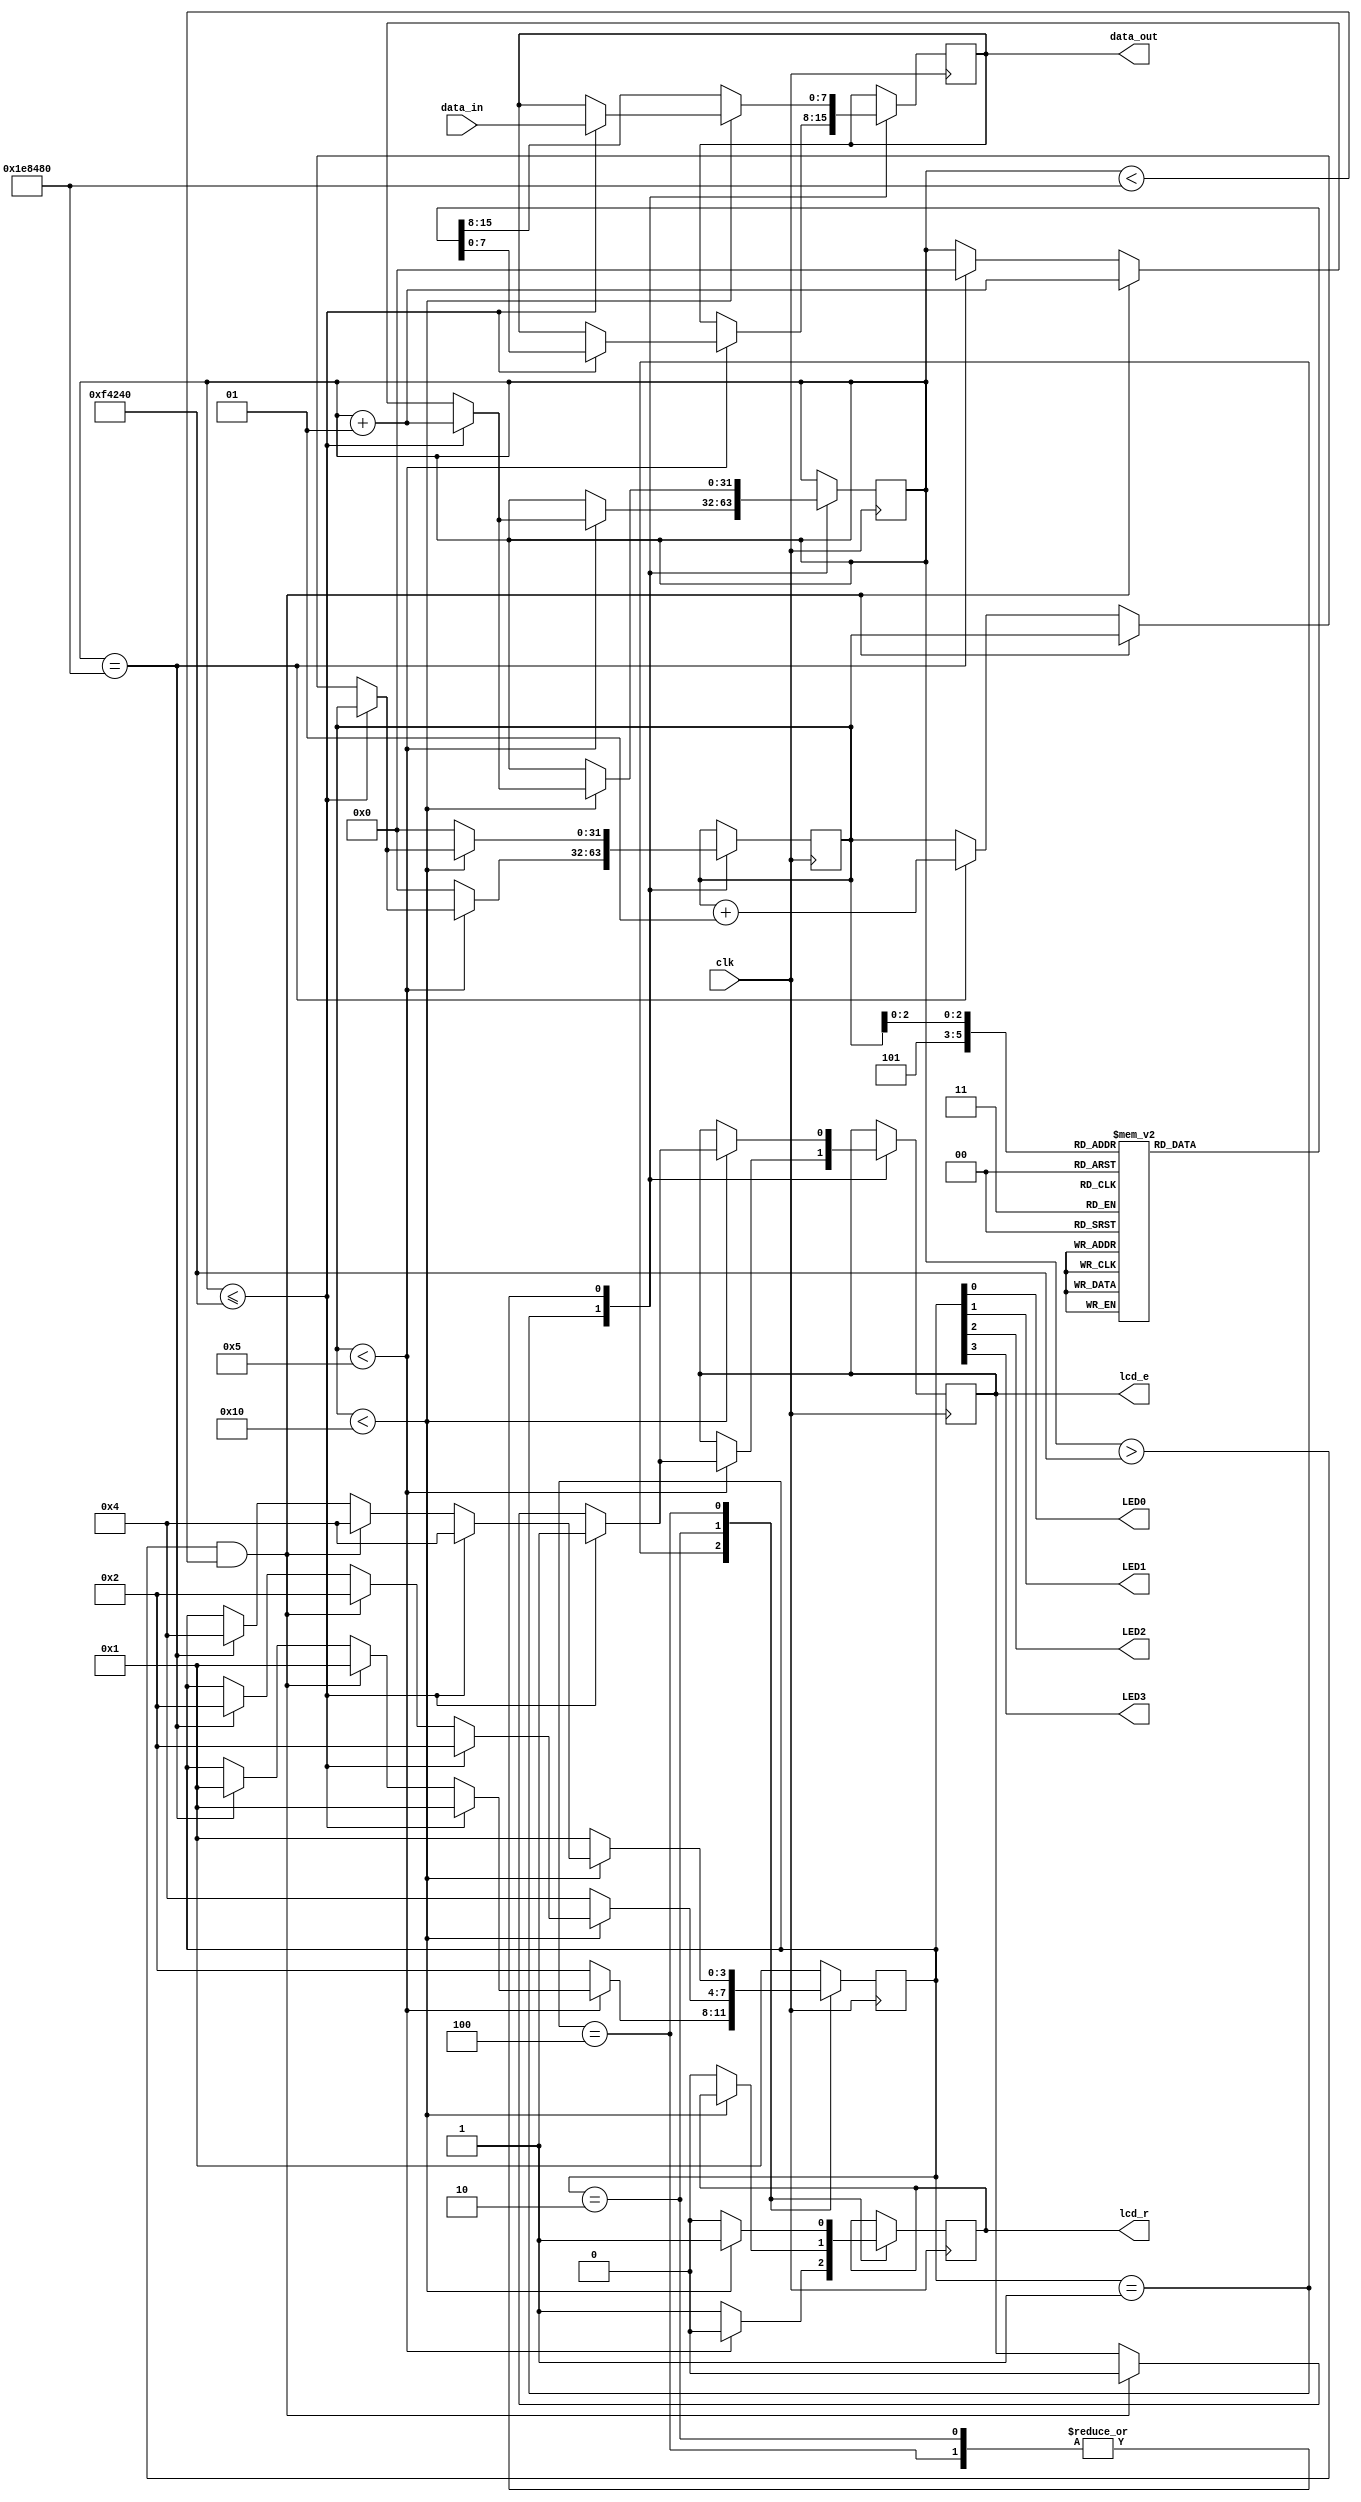
module LCD (

	input clk,
	input [7:0] data_in,
	
	output reg [7:0] data_out,
	output reg lcd_e,
	output reg lcd_r,
	
	output LED0,
	output LED1,
	output LED2,
	output LED3
); 


// implementing a FSM

assign LED0 = state[0];
assign LED1 = state[1];
assign LED2 = state[2];
assign LED3 = state[3];


localparam INIT   = 4'b0001;
localparam FIRST  = 4'b0010;
localparam SECOND = 4'b0100;

reg [3:0] state = INIT; 

integer j = 0 ; 
integer i = 0 ; 

reg [7:0] conf [0:5];

	initial
		begin 
		
			conf[0] <= 8'h38; // to enable 8-bit, 2 lines, 5x7 Dots
			conf[1] <= 8'h0C; // Display on & Cursor off
			conf[2] <= 8'h06; // Entry mode
			conf[3] <= 8'h01; // Clear Display & DDRAM
			conf[4] <= 8'h80; // Force cursor to 1'st line
			conf[5] <= 8'hC0; // Force cursor to 2'nd line
		

		end 

always @ (posedge clk)
	begin 
		
		state		<= state;
		
		data_out	<= data_out;
		
		case (state)
		
			INIT: 
				begin
					lcd_r <= 0;
					
					if (j < 5)
						begin 
						if (i <= 1000000)
							begin 
								lcd_e = 1; 
								data_out <= conf[j];
								i <= i + 1; 
								state <= INIT;
							end 
						else if (i > 1000000 && i < 2000000)
							begin 
								lcd_e = 0;
								i <= i + 1;
								state <= INIT;
							end 
						else if (i == 2000000)
							begin 
								j <= j + 1;
								i <= 0; 
								state <= INIT;
							end 
						end 
					
					else 
						begin
							j <= 0;
							lcd_r <= 1; 
							state <= FIRST;
						end 
				end 
					
			
			FIRST:
				begin 
					if (j < 16)
						begin
							if (i <= 1000000)
								begin
									lcd_e <= 1;
									data_out <= data_in;
									i <= i + 1;
									state <= FIRST; 
								end 
							else if (i > 1000000 && i < 2000000)
								begin 
									lcd_e = 0;
									i <= i + 1;
									state <= FIRST;
								end 
							
							else if (i == 2000000)
								begin 
									j <= j + 1;
									i <= 0; 
									state <= FIRST;
								end 
							
						end 
						
					else
						begin 
							j <= 0;
							lcd_r <= 0;
							data_out <= conf[5];
							state <= SECOND;
						end 
				end 
			
			SECOND:
				begin 
					lcd_r <= 1;
					if (j < 16)
						begin
							if (i <= 1000000)
								begin
									
									lcd_e <= 1;
									data_out <= data_in;
									i <= i + 1;
									state <= SECOND; 
								end 
							else if (i > 1000000 && i < 2000000)
								begin 
									lcd_e = 0;
									i <= i + 1;
									state <= SECOND;
								end 
							
							else if (i == 2000000)
								begin 
									j <= j + 1;
									i <= 0; 
									state <= SECOND;
								end 
							
						end 
						
					else
						begin 
							j <= 0;
							lcd_r <= 0;
							data_out <= conf[5];
							state <= INIT;
						end 
				end 
				
				default: state <= INIT;
		endcase 
	end 
	
	
	endmodule